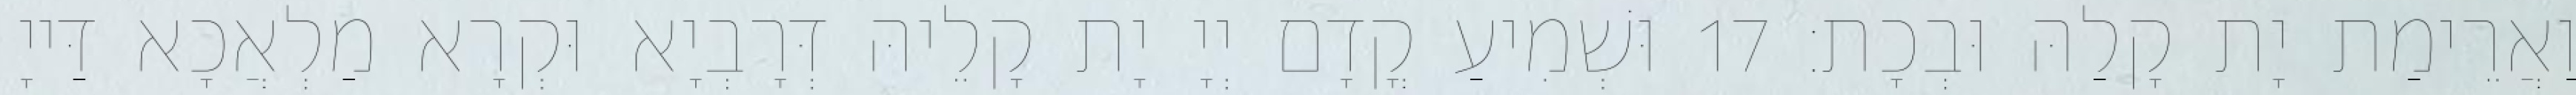
וַאֲרֵימַת יָת קָלַהּ וּבְכָת׃ 17 וּשְׁמִיעַ קֳדָם יְיָ יָת קָלֵיהּ דְּרָבְיָא וּקְרָא מַלְאֲכָא דַּייָ